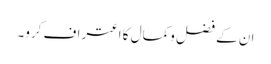
ان کے فضل وکمال کا اعتراف کرو۔